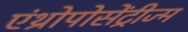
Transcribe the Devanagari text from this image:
एंथ्रोपोसेंट्रीज्म